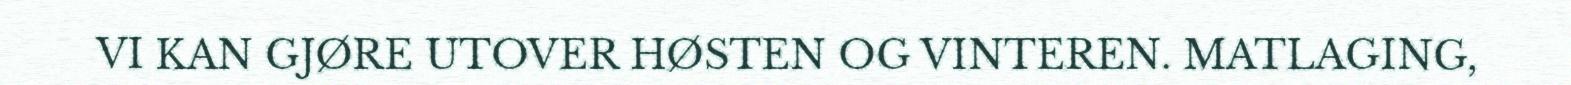
VI KAN GJØRE UTOVER HØSTEN OG VINTEREN. MATLAGING,